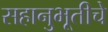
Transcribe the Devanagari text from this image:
सहानुभूतीचे